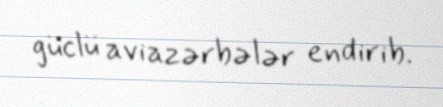
güclü aviazərbələr endirib.